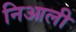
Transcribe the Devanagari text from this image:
निआली